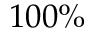
1 0 0 \%